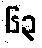
၆၃